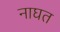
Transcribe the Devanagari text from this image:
नाघत